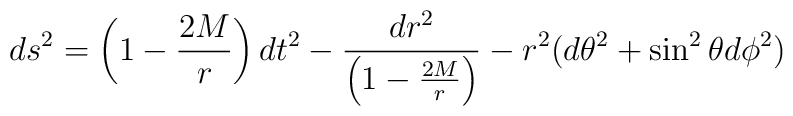
ds^2 = \left(1-\frac{2M}{r}\right) dt^2 - \frac{dr^2}{ \left(1-\frac{2M}{r}\right)} -   r^2 (d\theta^2 + \sin^2\theta d\phi^2)